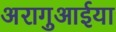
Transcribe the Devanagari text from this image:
अरागुआईया